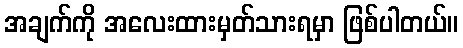
အချက်ကို အလေးထားမှတ်သားရမှာ ဖြစ်ပါတယ်။